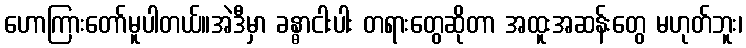
ဟောကြားတော်မူပါတယ်။အဲဒီမှာ ခန္ဓာငါးပါး တရားတွေဆိုတာ အထူးအဆန်းတွေ မဟုတ်ဘူး၊